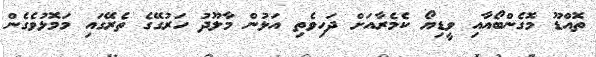
ތޮއްޑޫ މޮގެންބޯއާއި ވީޑިޔޯ ކެމެރާއަށް ދަހިވެތި އަޅުން މާލޫދު ހަރުގޭގެ ތެރޭގައި މަމޮޅުވެގެން